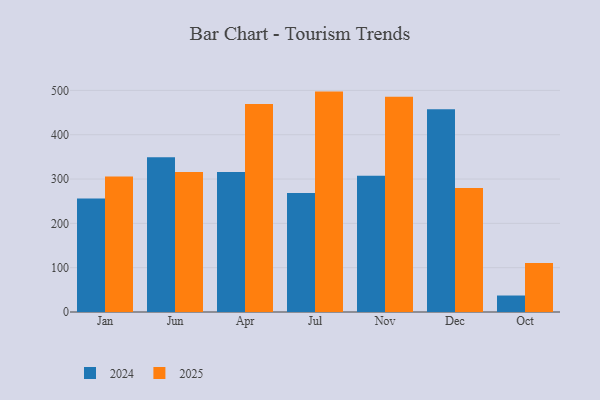
{"axis": {"x": "Month", "y": "Tickets Resolved"}, "legend": ["2024", "2025"], "data": [{"x": "Jan", "y": 305.8, "type": "2025"}, {"x": "Jan", "y": 255.9, "type": "2024"}, {"x": "Jun", "y": 316.0, "type": "2025"}, {"x": "Jun", "y": 349.4, "type": "2024"}, {"x": "Apr", "y": 469.2, "type": "2025"}, {"x": "Apr", "y": 316.1, "type": "2024"}, {"x": "Jul", "y": 497.3, "type": "2025"}, {"x": "Jul", "y": 268.6, "type": "2024"}, {"x": "Nov", "y": 485.6, "type": "2025"}, {"x": "Nov", "y": 307.6, "type": "2024"}, {"x": "Dec", "y": 279.7, "type": "2025"}, {"x": "Dec", "y": 457.6, "type": "2024"}, {"x": "Oct", "y": 110.4, "type": "2025"}, {"x": "Oct", "y": 37.2, "type": "2024"}]}